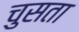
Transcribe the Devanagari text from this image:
चुसता